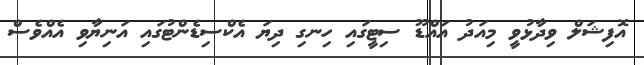
އޮފިޝަލް ވިދާޅުވީ މިއަދު އައްޑޫ ސިޓީގައި ހިނގި ދިޔަ އެކްސިޑެންޓުގައި އަނިޔާވި އެއްވެސް